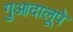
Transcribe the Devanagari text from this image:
गुआदालूपे